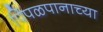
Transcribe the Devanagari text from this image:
पिंपळपानाच्या